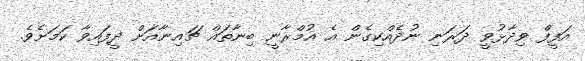
އަފީފް ވިދާޅުވީ ދަރަނި ނުދެއްކިގެން އެ އުމްރާނީ ބިނާތައް ޗައިނާއަށް ދީފައިވާ ކަމަށެވެ.